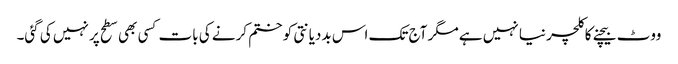
ووٹ بیچنے کا کلچر نیا نہیں ہے مگر آج تک اس بددیانتی کو ختم کرنے کی بات کسی بھی سطح پر نہیں کی گئی۔